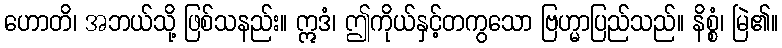
ဟောတိ၊ အဘယ်သို့ ဖြစ်သနည်း။ ဣဒံ၊ ဤကိုယ်နှင့်တကွသော ဗြဟ္မာပြည်သည်။ နိစ္စံ၊ မြဲ၏။